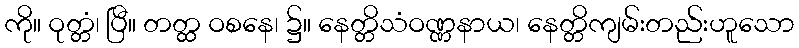
ကို။ ဝုတ္တံ၊ ပြီ။ တတ္ထ ဝစနေ၊ ၌။ နေတ္တိသံဝဏ္ဏနာယ၊ နေတ္တိကျမ်းတည်းဟူသော